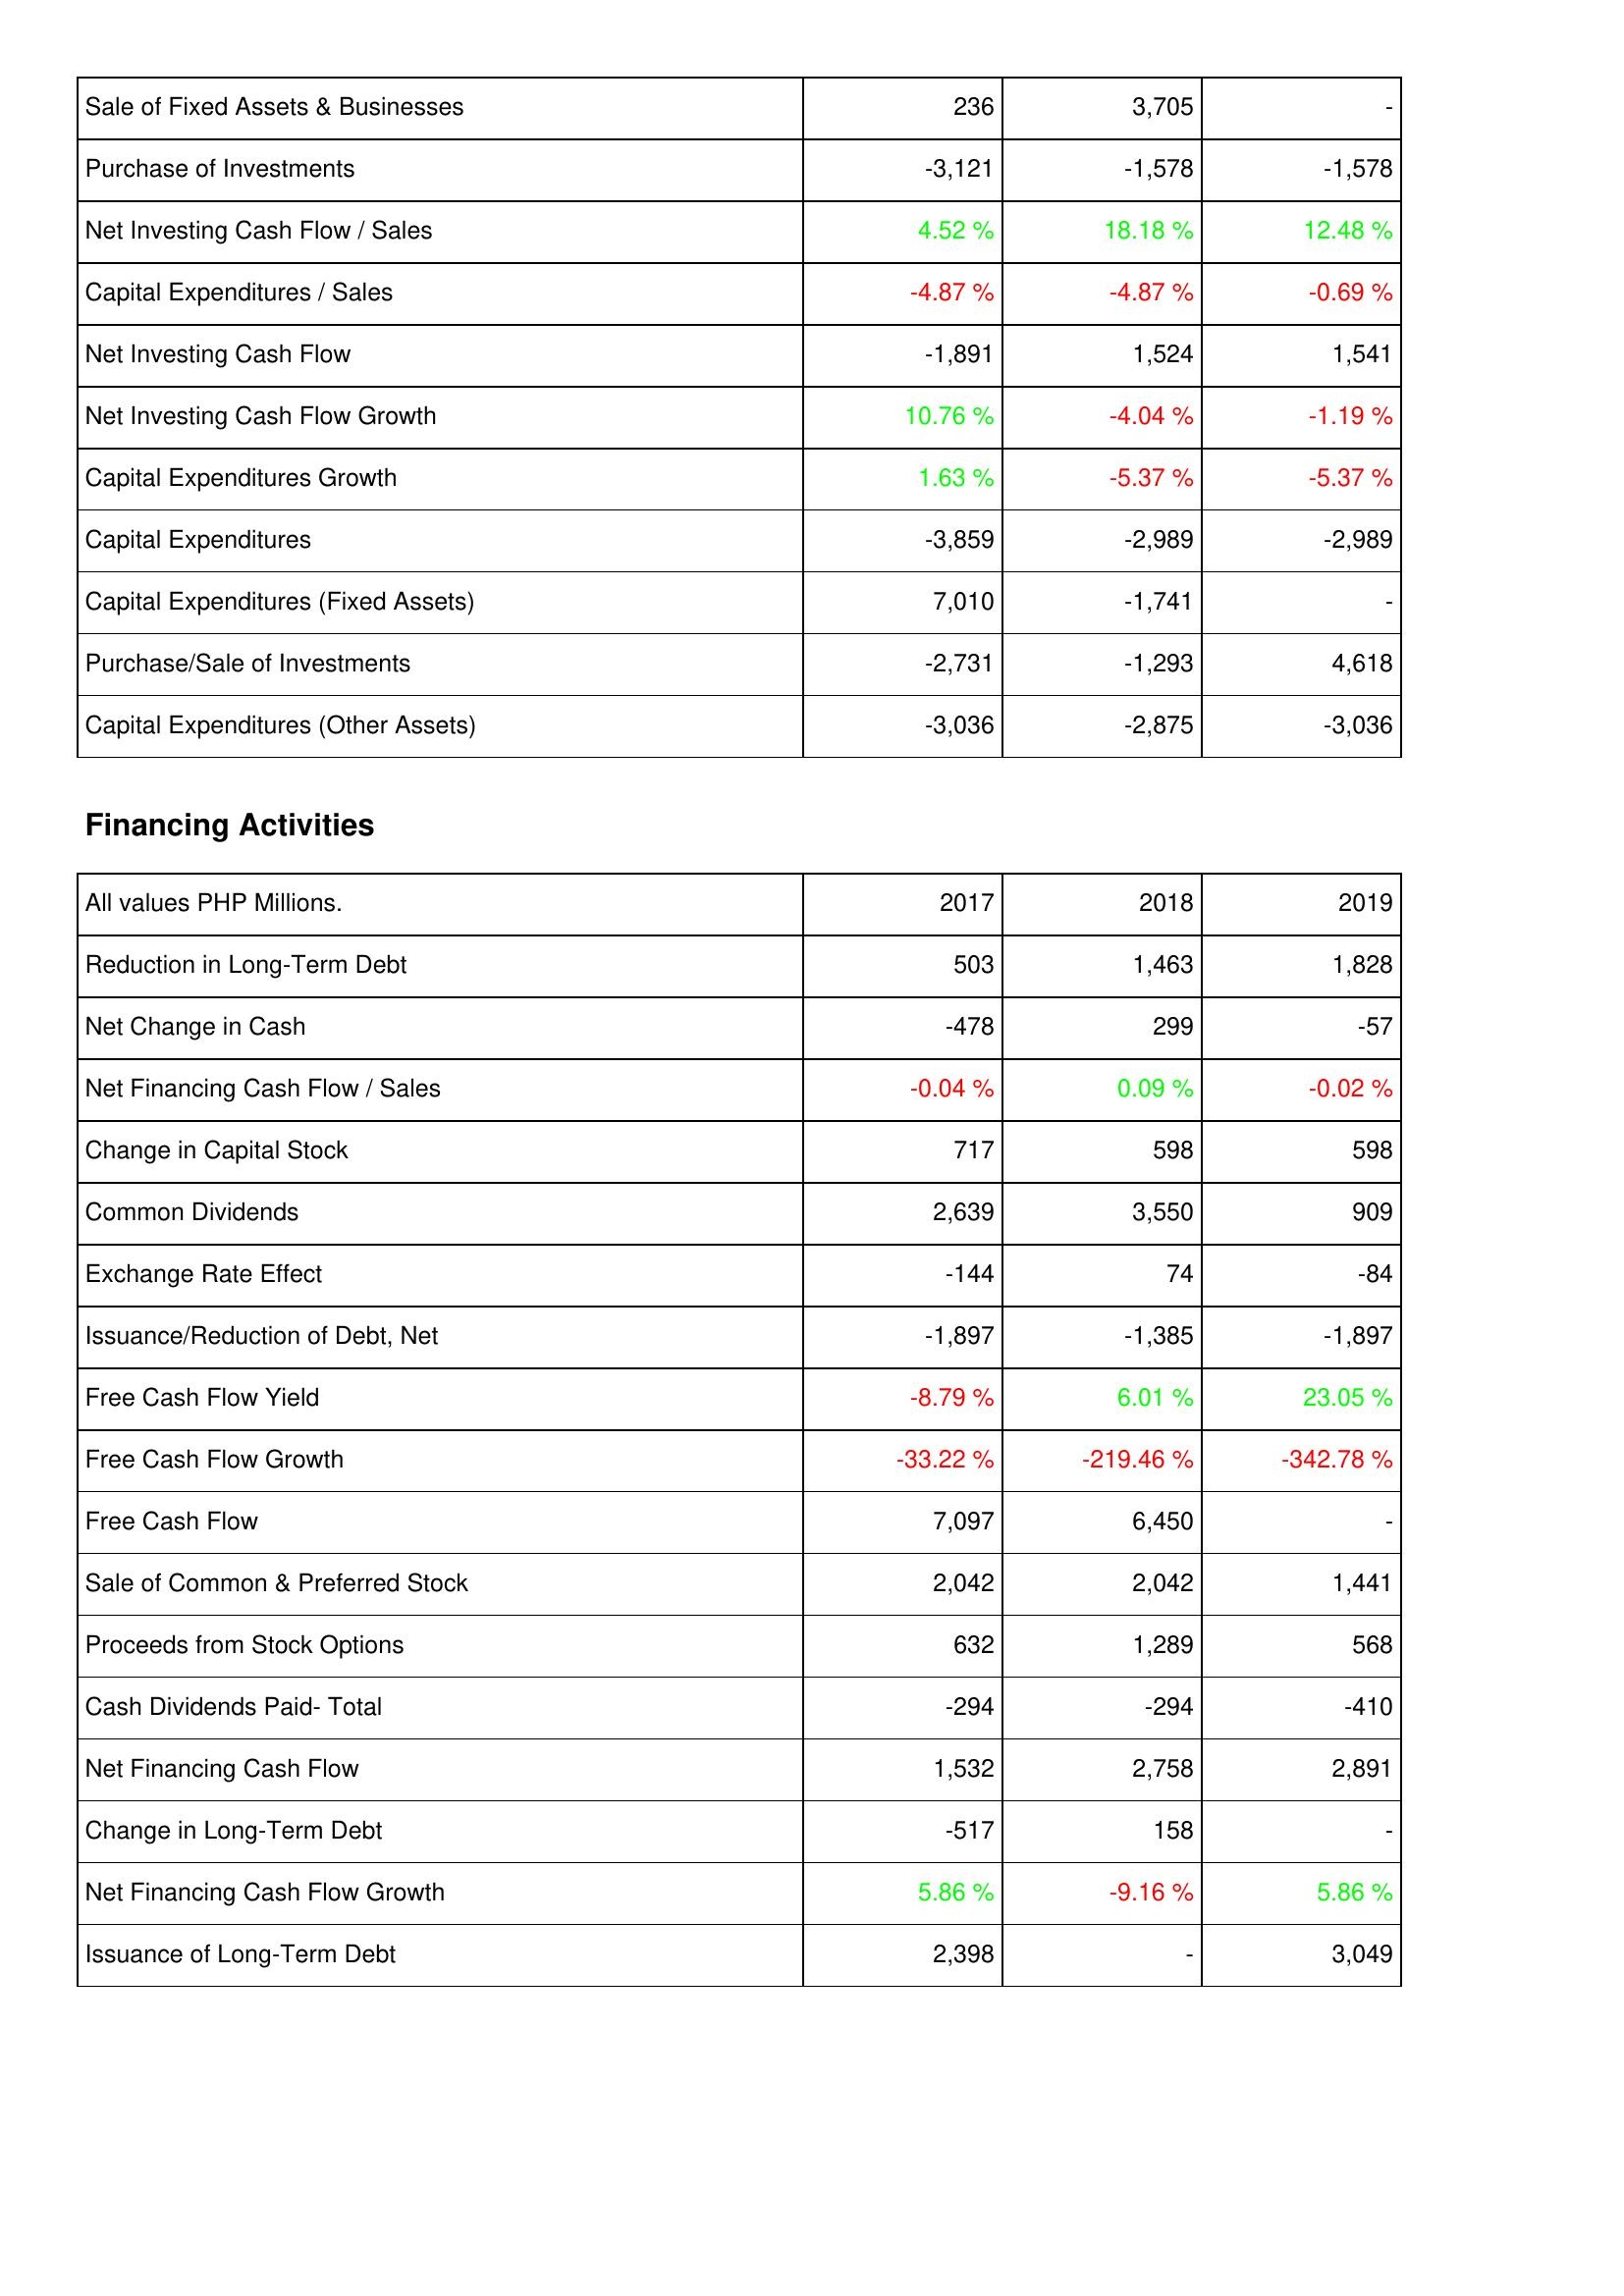
2017: Investing Activities: Sale of Fixed Assets & Businesses: 236
Purchase of Investments: -3,121
Net Investing Cash Flow / Sales: 4.52 %
Capital Expenditures / Sales: -4.87 %
Net Investing Cash Flow: -1,891
Net Investing Cash Flow Growth: 10.76 %
Capital Expenditures Growth: 1.63 %
Capital Expenditures: -3,859
Capital Expenditures (Fixed Assets): 7,010
Purchase/Sale of Investments: -2,731
Capital Expenditures (Other Assets): -3,036
Financing Activities: Reduction in Long-Term Debt: 503
Net Change in Cash: -478
Net Financing Cash Flow / Sales: -0.04 %
Change in Capital Stock: 717
Common Dividends: 2,639
Exchange Rate Effect: -144
Issuance/Reduction of Debt, Net: -1,897
Free Cash Flow Yield: -8.79 %
Free Cash Flow Growth: -33.22 %
Free Cash Flow: 7,097
Sale of Common & Preferred Stock: 2,042
Proceeds from Stock Options: 632
Cash Dividends Paid- Total: -294
Net Financing Cash Flow: 1,532
Change in Long-Term Debt: -517
Net Financing Cash Flow Growth: 5.86 %
Issuance of Long-Term Debt: 2,398
2018: Investing Activities: Sale of Fixed Assets & Businesses: 3,705
Purchase of Investments: -1,578
Net Investing Cash Flow / Sales: 18.18 %
Capital Expenditures / Sales: -4.87 %
Net Investing Cash Flow: 1,524
Net Investing Cash Flow Growth: -4.04 %
Capital Expenditures Growth: -5.37 %
Capital Expenditures: -2,989
Capital Expenditures (Fixed Assets): -1,741
Purchase/Sale of Investments: -1,293
Capital Expenditures (Other Assets): -2,875
Financing Activities: Reduction in Long-Term Debt: 1,463
Net Change in Cash: 299
Net Financing Cash Flow / Sales: 0.09 %
Change in Capital Stock: 598
Common Dividends: 3,550
Exchange Rate Effect: 74
Issuance/Reduction of Debt, Net: -1,385
Free Cash Flow Yield: 6.01 %
Free Cash Flow Growth: -219.46 %
Free Cash Flow: 6,450
Sale of Common & Preferred Stock: 2,042
Proceeds from Stock Options: 1,289
Cash Dividends Paid- Total: -294
Net Financing Cash Flow: 2,758
Change in Long-Term Debt: 158
Net Financing Cash Flow Growth: -9.16 %
Issuance of Long-Term Debt: -
2019: Investing Activities: Sale of Fixed Assets & Businesses: -
Purchase of Investments: -1,578
Net Investing Cash Flow / Sales: 12.48 %
Capital Expenditures / Sales: -0.69 %
Net Investing Cash Flow: 1,541
Net Investing Cash Flow Growth: -1.19 %
Capital Expenditures Growth: -5.37 %
Capital Expenditures: -2,989
Capital Expenditures (Fixed Assets): -
Purchase/Sale of Investments: 4,618
Capital Expenditures (Other Assets): -3,036
Financing Activities: Reduction in Long-Term Debt: 1,828
Net Change in Cash: -57
Net Financing Cash Flow / Sales: -0.02 %
Change in Capital Stock: 598
Common Dividends: 909
Exchange Rate Effect: -84
Issuance/Reduction of Debt, Net: -1,897
Free Cash Flow Yield: 23.05 %
Free Cash Flow Growth: -342.78 %
Free Cash Flow: -
Sale of Common & Preferred Stock: 1,441
Proceeds from Stock Options: 568
Cash Dividends Paid- Total: -410
Net Financing Cash Flow: 2,891
Change in Long-Term Debt: -
Net Financing Cash Flow Growth: 5.86 %
Issuance of Long-Term Debt: 3,049